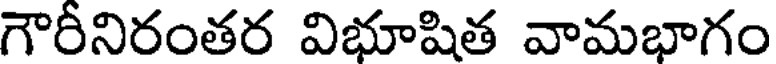
గౌరీనిరంతర విభూషిత వామభాగం